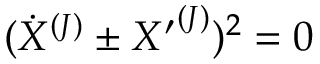
( { \dot { X } } ^ { ( J ) } \pm { X ^ { \prime } } ^ { ( J ) } ) ^ { 2 } = 0